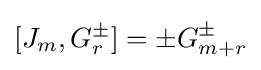
[J_{m},G_{r}^{\pm }]=\pm G_{m+r}^{\pm }